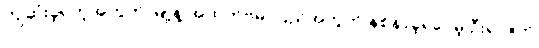
ကျဆုံးခဲ့ရတဲ့အတွက် မြို့နဲ့ အထက်ဗမာပြည်အတွက် နစ်နာခဲ့ရပေမဲ့ ဦးရာဇတ်